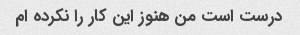
درست است من هنوز این کار را نکرده ام